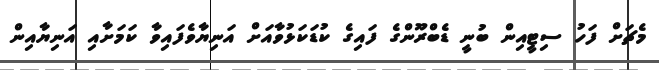
މެޗަށް ފަހު ސިޓީއިން ބުނީ ޑެބްރޫންގެ ފައިގެ ކުޑަކަޅުވާއަށް އަނިޔާވެފައިވާ ކަމަށާއި އަނިޔާއިން